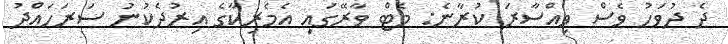
ދެ ދުވަހު ވެސް ވިއްސާރަ ކުރާނެ: މެޓް ވާރޭގައި އެމެރިކާގެ އިރުދެކުނު ސަރަހައްދު